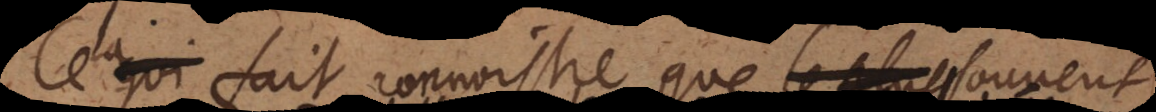
Cela fait connoistre que sou